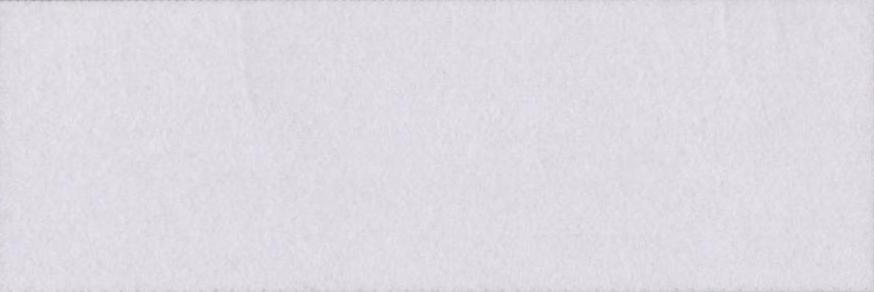
भयानक